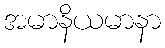
အမာနိယမာနာ